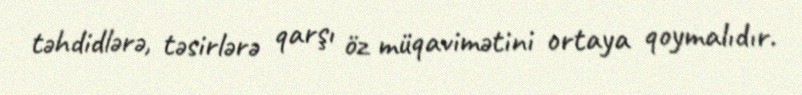
təhdidlərə, təsirlərə qarşı öz müqavimətini ortaya qoymalıdır.